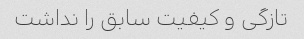
تازگی و کیفیت سابق را نداشت